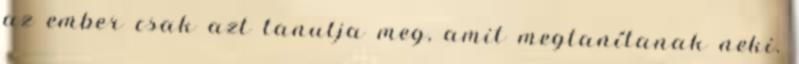
az ember csak azt tanulja meg, amit megtanítanak neki.